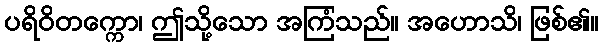
ပရိဝိတက္ကော၊ ဤသို့သော အကြံသည်။ အဟောသိ၊ ဖြစ်၏။